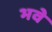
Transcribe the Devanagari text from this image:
भवे